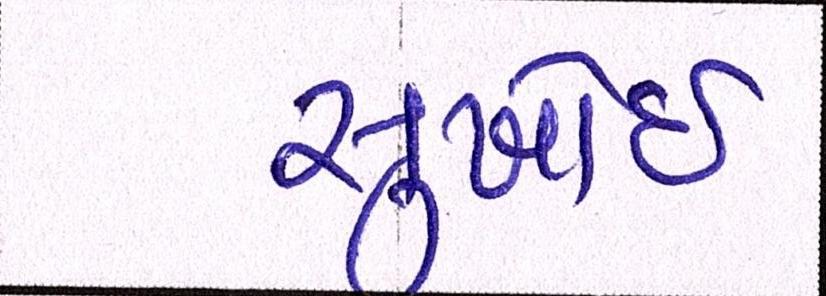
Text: સુખોઈ